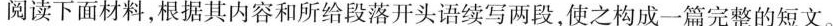
阅读下面材料,根据其内容和所给段落开头语续写两段,使之构成一篇完整的短文.